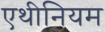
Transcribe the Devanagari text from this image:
एथीनियम